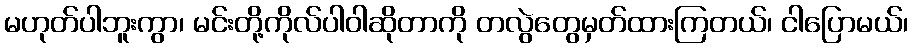
မဟုတ်ပါဘူးကွာ၊ မင်းတို့ကိုလ်ပါဝါဆိုတာကို တလွဲတွေမှတ်ထားကြတယ်၊ ငါပြောမယ်၊